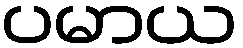
ပမာယ